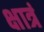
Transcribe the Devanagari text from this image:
क्षात्रं